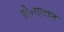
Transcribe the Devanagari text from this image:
प्रो॰एजाज़